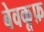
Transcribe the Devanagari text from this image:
बेवकू़फ़